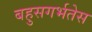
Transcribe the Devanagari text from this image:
बहुसगर्भतेस